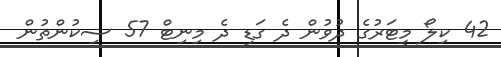
42 ކިލޯ މީޓަރުގެ ދުވުން ދެ ގަޑި ދެ މިނިޓް 57 ސިކުންތުން